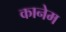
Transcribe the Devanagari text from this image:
कानेम